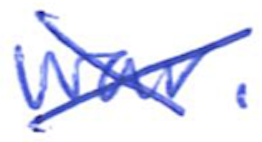
Text: war.
Cross-out: cross
Writing tool: ballpoint